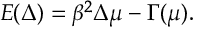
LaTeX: E ( \Delta ) = \beta ^ { 2 } \Delta \mu - \Gamma ( \mu ) .